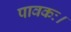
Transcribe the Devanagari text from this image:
पावकः।